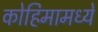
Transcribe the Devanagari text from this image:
कोहिमामध्ये